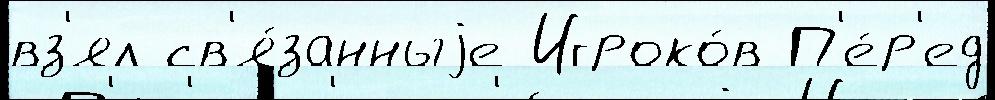
вз'ял св'я́занныjе Игроко́в П'е́р'ед